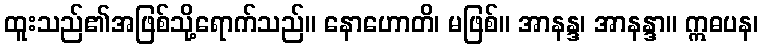
ထူးသည်၏အဖြစ်သို့ရောက်သည်။ နောဟောတိ၊ မဖြစ်။ အာနန္ဒ၊ အာနန္ဒာ။ ဣဓပန၊